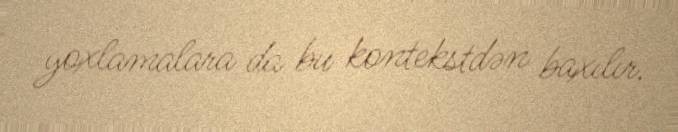
yoxlamalara da bu kontekstdən baxılır.